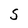
Character: S